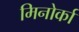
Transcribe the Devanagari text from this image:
मिनोर्का